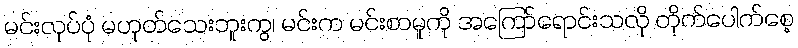
မင်းလုပ်ပုံ မဟုတ်သေးဘူးကွ၊ မင်းက မင်းစာမူကို အကြော်ရောင်းသလို တိုက်ပေါက်စေ့